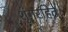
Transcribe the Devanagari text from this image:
शृंगरहित